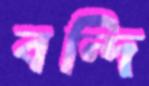
বন্দি